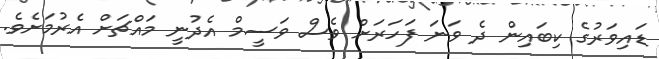
ޑައިވަރުގެ ކިބައިން ދެ ވަނަ ފަހަރަށް ވެސް ވަސީމް އެދުނީ މައްޗަށް އެރުމަށެވެ.